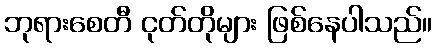
ဘုရားစေတီ ငုတ်တိုများ ဖြစ်နေပါသည်။